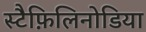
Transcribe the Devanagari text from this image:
स्टैफ़िलिनोडिया